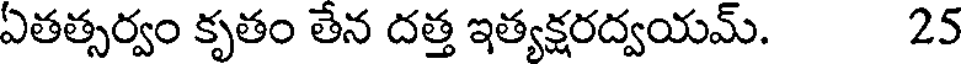
ఏతత్సర్వం కృతం తేన దత్త ఇత్యక్షరద్వయమ్. 25